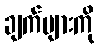
ချက်များကို